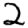
Digit: 2